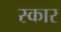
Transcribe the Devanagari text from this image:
स्‍कार